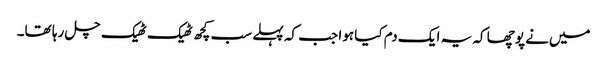
میں‌نے پوچھا کہ یہ ایک دم کیا ہوا جب کہ پہلے سب کچھ ٹھیک ٹھیک چل رہا تھا۔